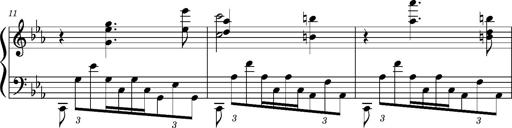
Title: PrÃ©ludes et Harmonies poÃ©tiques et religieuses
Composer: Franz Liszt